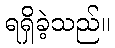
ရရှိခဲ့သည်။